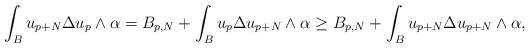
\begin{align*} \begin{aligned} \int_B u_{p+N}\Delta u_p\wedge\alpha &=B_{p,N}+\int_B u_p \Delta u_{p+N} \wedge\alpha \geq B_{p,N}+\int_B u_{p+N}\Delta u_{p+N}\wedge\alpha,\end{aligned} \end{align*}